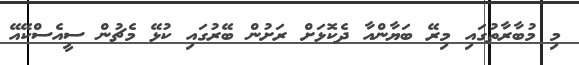
މި މުބާރާތުގައި މިރޭ ބަޔާންއާ ދެކޮޅަށް ރަަށުން ބޭރުގައި ކުޅޭ މެޗުން ސީއެސްކޭއޭ